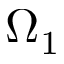
\Omega _ { 1 }